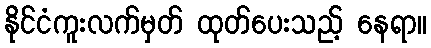
နိုင်ငံကူးလက်မှတ် ထုတ်ပေးသည့် နေရာ။